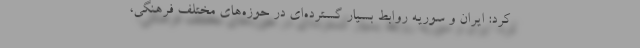
کرد: ایران و سوریه روابط بسیار گسترده‌ای در حوزه‌های مختلف فرهنگی،